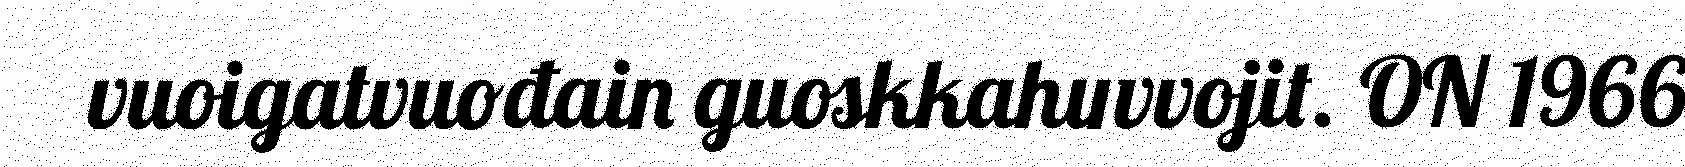
vuoigatvuođain guoskkahuvvojit. ON 1966